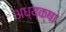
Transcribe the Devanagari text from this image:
अध्य्क्षा